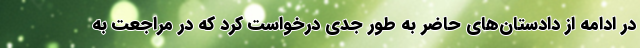
در ادامه از دادستان‌های حاضر به طور جدی درخواست کرد که در مراجعت به